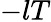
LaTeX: -lT